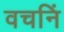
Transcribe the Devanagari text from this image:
वचनिं